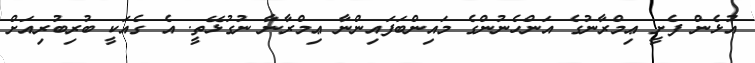
އުޅެން ފެށީ ޢިމްރާނުގެ އަންހެނުންގެ މައިންބަފައިންނާ ޢިމްރާނާ ނުގުޅޭތީ. އެ ގެއަކީ ބުރިބުރިއަށް